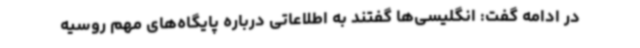
در ادامه گفت: انگلیسی‌ها گفتند به اطلاعاتی درباره پایگاه‌های مهم روسیه